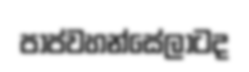
පාප්වහන්සේලාටද